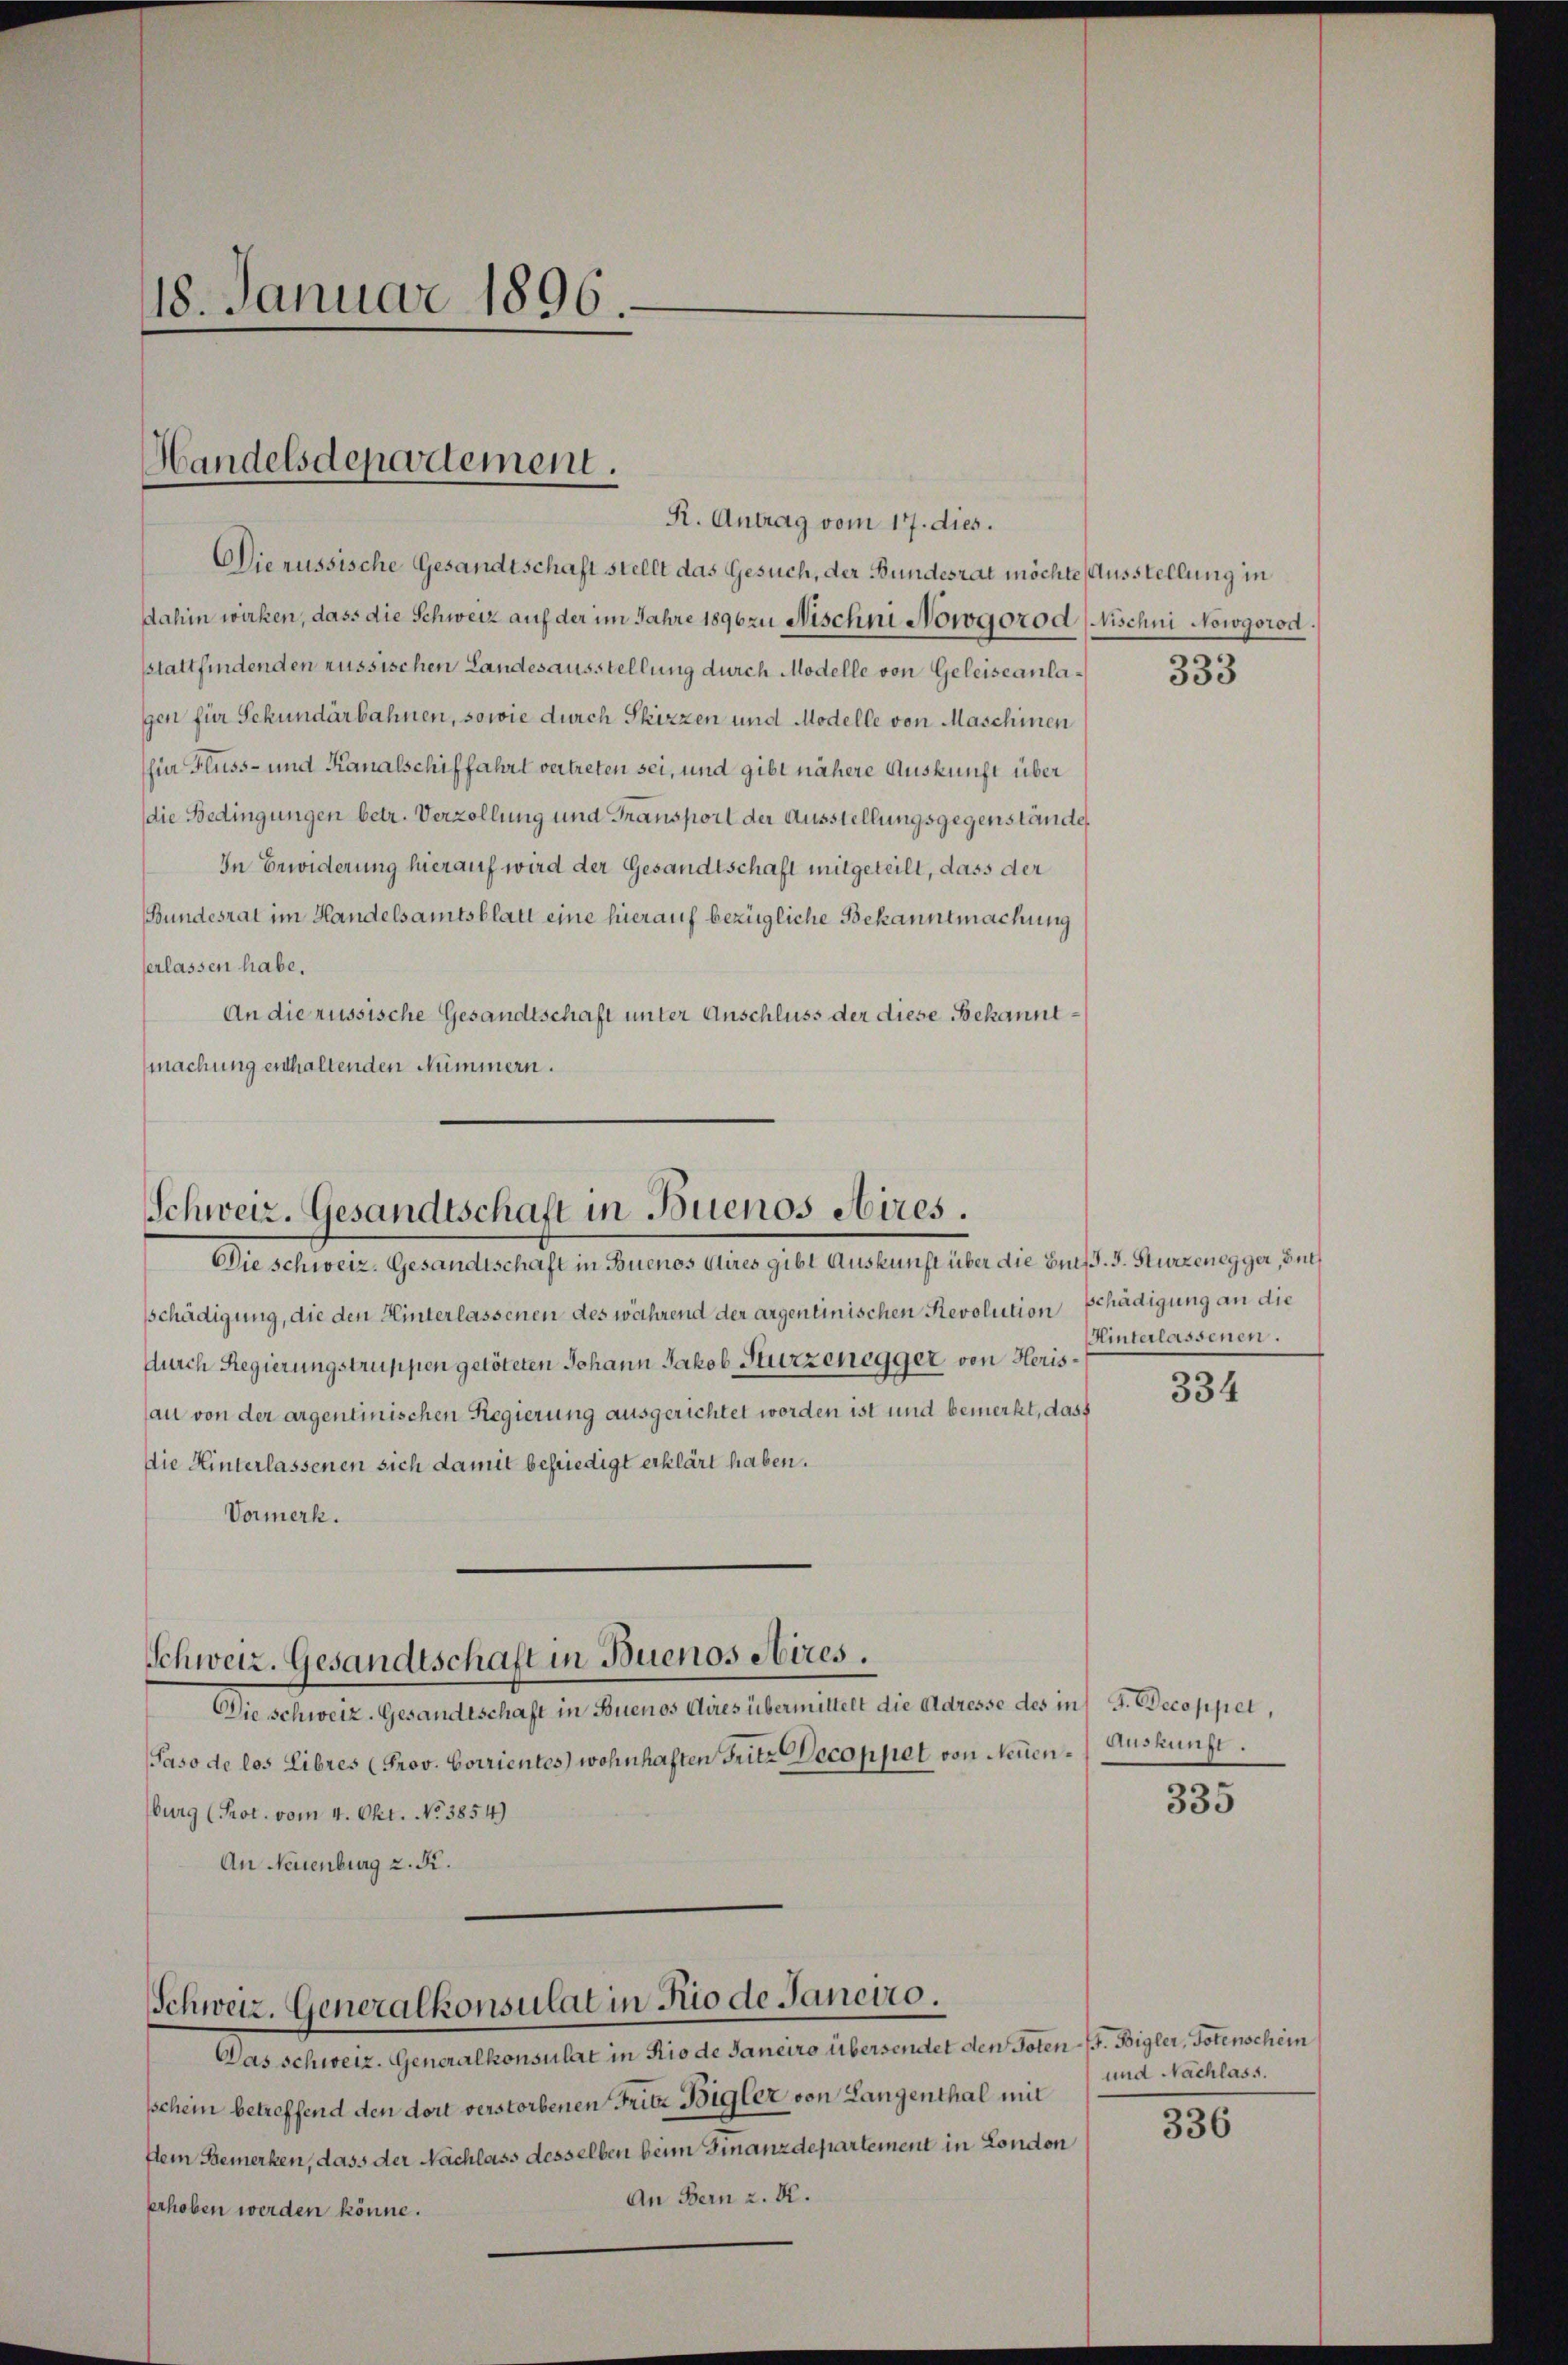
18. Januar 1896.

Handelsdepartement.

Die russische Gesandtschaft stellt das Gesuch, der Bundesrat möchte Ausstellung in
Dahin wirken, dass die Schweiz auf der im Jahre 1896 zu Nischni Nowogorod (Nischni Nowgorod.
sstattfindenden aussischen Landesausstellung durch Modelle von Geleiseanlagen für Sekundarbahnen, sowie durch Skizzen und Modelle von Maschinen
(für Fluss- und Kanalschiffahrt vertreten sei, und gibt nähere Auskunft über
die Bedingungen betr. Verzollung und Transport der Ausstellungsgegenstände
In Erwiderung hierauf wird der Gesandtschaft mitgeteilt, dass der
Bundesrat im Handelsamtsblatt eine hierauf bezügliche Bekanntmachung
erlassen habe.
An die russische Gesandtschaft unter Anschluss der diese Bekanntmachung enthaltenden Nummern.

R. Antrag vom 17. dies.

Schweiz. Gesandtschaft in Buenos Aires.
Die schweiz. Gesandtschaft in Buenos Aires gibt Auskunft über die Burf. J. Sturzenegger, Buch

Schweiz. Generalkonsulat in Rio de Janeiro.

sschädigung, die den Hinterlassenen des während der argentinischen Revolution Schädigung an die
durch Regierungstruppen getöteten Johann Jakob Hurzenegger von Herisau von der argentinischen Regierung ausgerichtet worden ist und bemerkt, dass
Die Hinterlassenen sich damit befriedigt erklärt haben.
Vormerk.
Schweiz. Gesandtschaft in Buenos Aires.
Ah. Gener Gesandten erst in Gemeine eine aber einer die Lebenen der in der par
Paso de los Libres (Prov. Corrientes) wohnhaften Fritz Decoppet von Neuen Auskunft.
burg (Prot. vom 4. Okt. No 3854)
An Neuenburg z. K.

Das schweiz. Generalkonsulat in Rio de Janeiro übersendet den Toten-F. Bigler, Totenschein
sschein betreffend den dort verstorbenen Fritz Bigler von Langenthal mit
fein Bemerken, dass der Nachlass desselben beim Finanzdepartement in London
An Bern z. B.
erhoben werden könne.

333

Hinterlassenen.

334

335

und Nachlass.

336